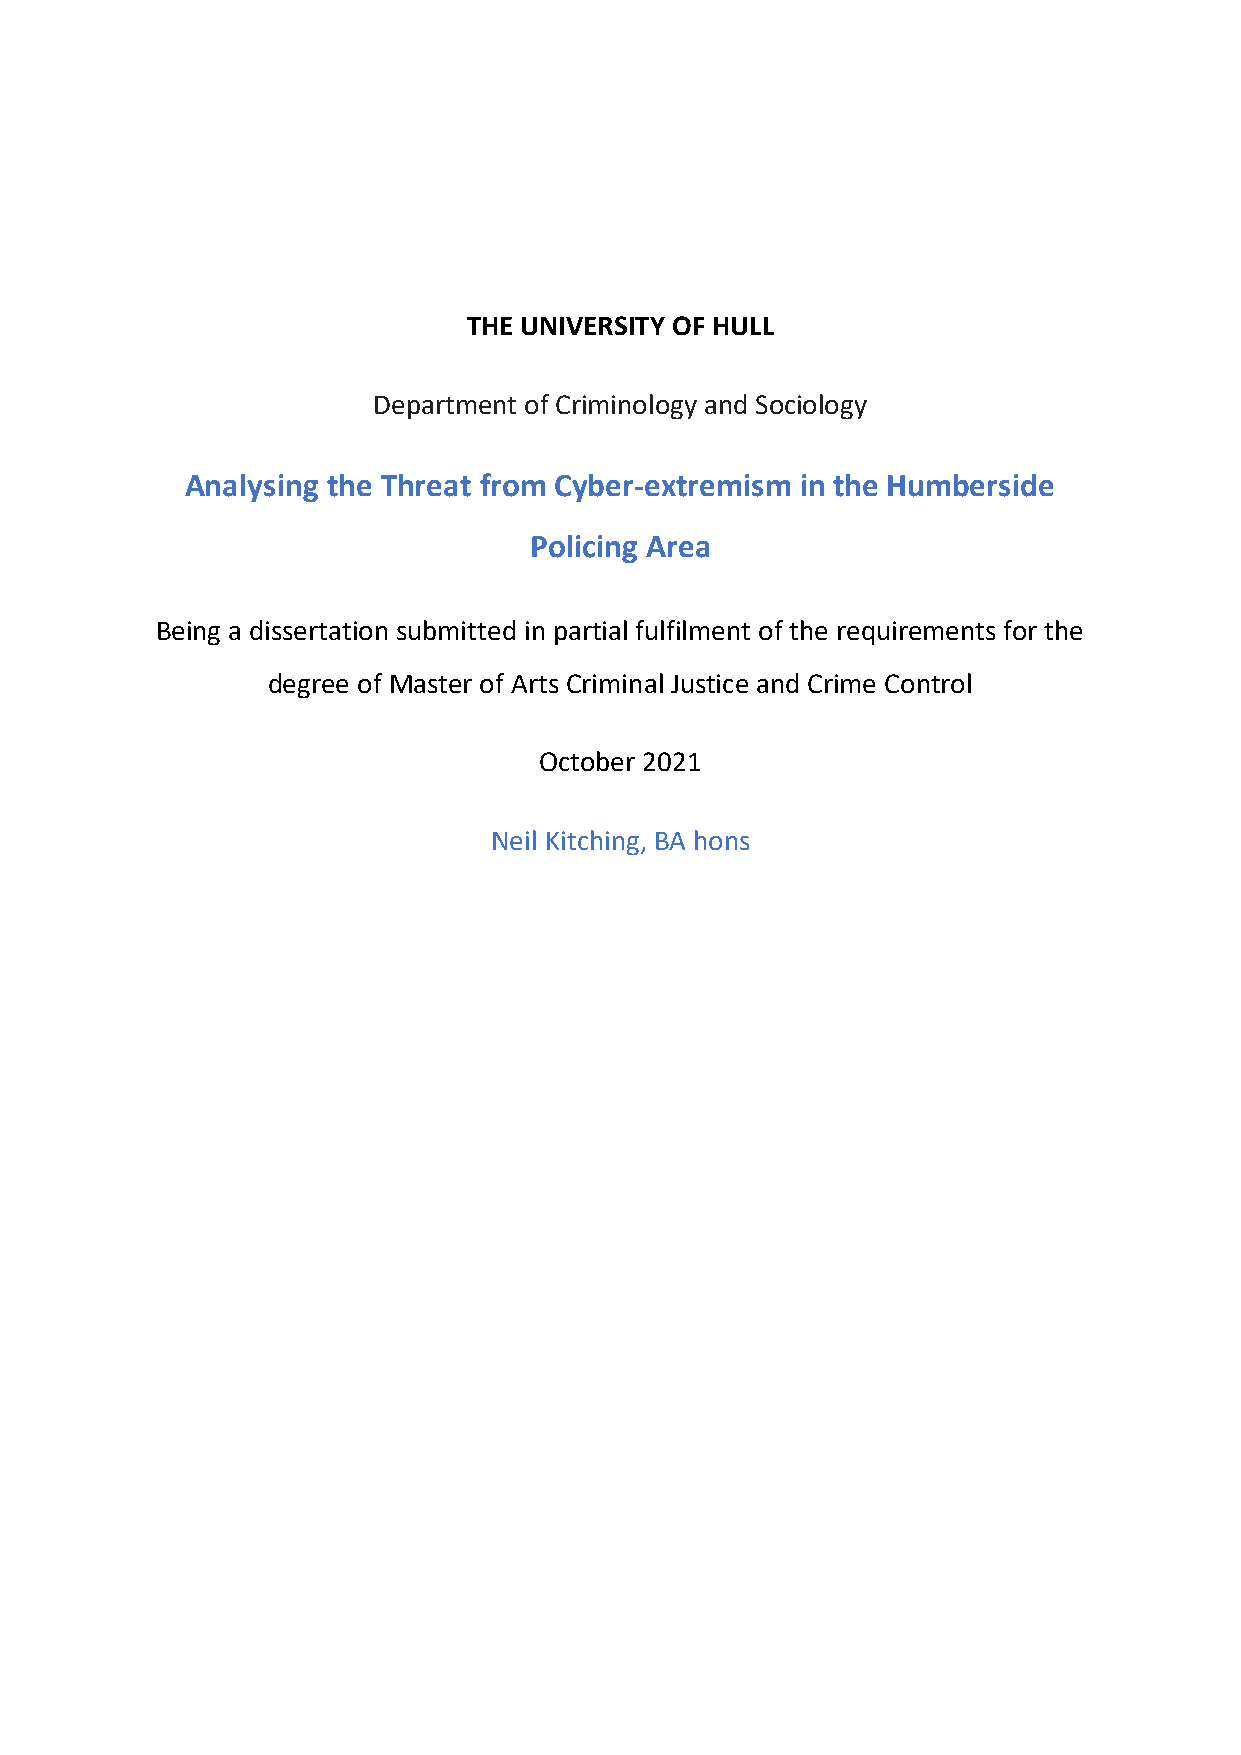
THE UNIVERSITY OF HULL
 Department of Criminology and Sociology
 Analysing the Threat from Cyber-extremism in the Humberside
 Policing Area
 Being a dissertation submitted in partial fulfilment of the requirements for the
 degree of Master of Arts Criminal Justice and Crime Control
 October 2021
 Neil Kitching, BA hons